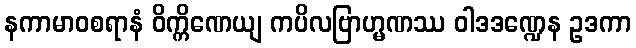
နကာမာဝစရာနံ ဝိက္ကိဏေယျ ကပိလဗြာဟ္မဏဿ ဝါဒဒဏ္ဍေန ဥဒကာ